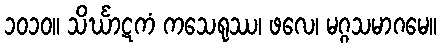
၁၀၁၀။ သိင်္ဃာဋကံ ကသေရုဿ၊ ဖလေ၊ မဂ္ဂသမာဂမေ။